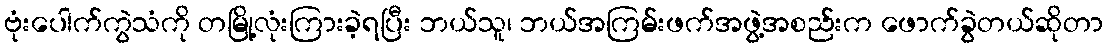
ဗုံးပေါက်ကွဲသံကို တမြို့လုံးကြားခဲ့ရပြီး ဘယ်သူ၊ ဘယ်အကြမ်းဖက်အဖွဲ့အစည်းက ဖောက်ခွဲတယ်ဆိုတာ